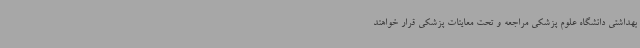
بهداشتی دانشگاه علوم پزشکی مراجعه و تحت معاینات پزشکی قرار خواهند